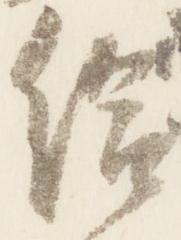
給